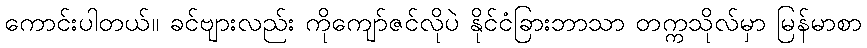
ကောင်းပါတယ်။ ခင်ဗျားလည်း ကိုကျော်ဇင်လိုပဲ နိုင်ငံခြားဘာသာ တက္ကသိုလ်မှာ မြန်မာစာ